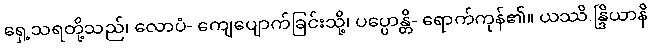
ရှေ့သရတို့သည်၊ လောပံ- ကျေပျောက်ခြင်းသို့၊ ပပ္ပောန္တိ- ရောက်ကုန်၏။ ယဿိ.န္ဒြိယာနိ